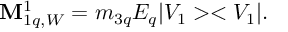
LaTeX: { \bf M } _ { 1 q , W } ^ { 1 } = m _ { 3 q } E _ { q } | V _ { 1 } > < V _ { 1 } | .